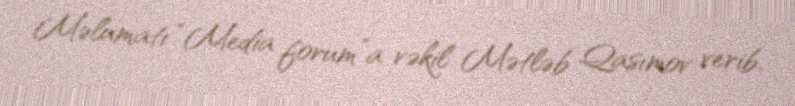
Məlumatı “Media forum”a vəkil Mətləb Qasımov verib.